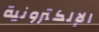
الإلكترونية